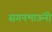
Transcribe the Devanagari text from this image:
सगनभाऊंनी